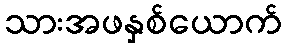
သားအဖနှစ်ယောက်